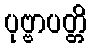
ပုဗ္ဗာပတ္တိ